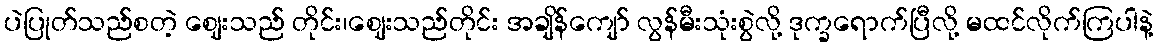
ပဲပြုတ်သည်စတဲ့ ဈေးသည် တိုင်း၊ဈေးသည်တိုင်း အချိန်ကျော် လွန်မီးသုံးစွဲလို့ ဒုက္ခရောက်ပြီလို့ မထင်လိုက်ကြပါနဲ့